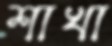
শাখা